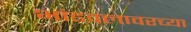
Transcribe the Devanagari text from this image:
भांडवलावरच्या